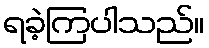
ရခဲ့ကြပါသည်။